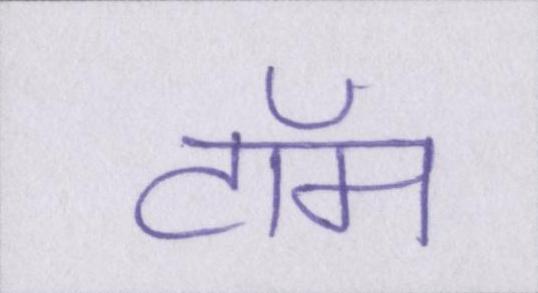
टॉम